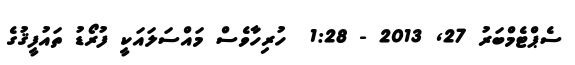
ސެޕްޓެމްބަރު 27